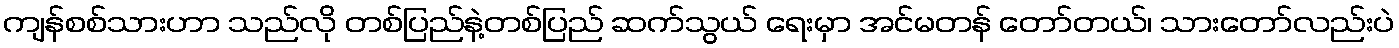
ကျန်စစ်သားဟာ သည်လို တစ်ပြည်နဲ့တစ်ပြည် ဆက်သွယ် ရေးမှာ အင်မတန် တော်တယ်၊ သားတော်လည်းပဲ